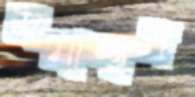
সমাচ্ছন্ন